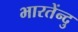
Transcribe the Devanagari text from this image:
भारतेंन्दु